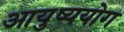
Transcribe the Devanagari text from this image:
आयुष्ययोग